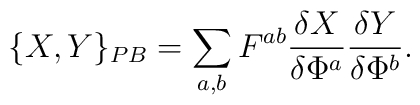
\{ X,Y\}_{PB} =\sum_{a,b}F^{ab}\frac{\delta X}{\delta\Phi^{a}}\frac{\delta Y}{\delta\Phi^{b}}.